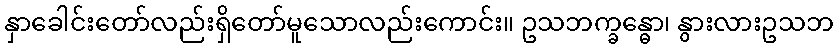
နှာခေါင်းတော်လည်းရှိတော်မူသောလည်းကောင်း။ ဥသဘက္ခန္ဓော၊ နွားလားဥသဘ